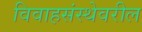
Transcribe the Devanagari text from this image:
विवाहसंस्थेवरील